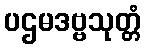
ပဌမဒဗ္ဗသုတ္တံ